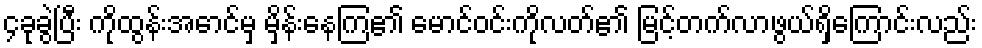
၄ခုခွဲပြီး ကိုထွန်းအောင်မှ မှိန်းနေကြ၏ မောင်ဝင်းကိုလတ်၏ မြင့်တက်လာဖွယ်ရှိကြောင်းလည်း